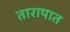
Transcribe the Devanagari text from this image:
तारापात